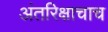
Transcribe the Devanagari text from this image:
अंतरिक्षाचाच